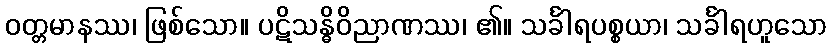
ဝတ္တမာနဿ၊ ဖြစ်သော။ ပဋိသန္ဓိဝိညာဏဿ၊ ၏။ သင်္ခါရပစ္စယာ၊ သင်္ခါရဟူသော